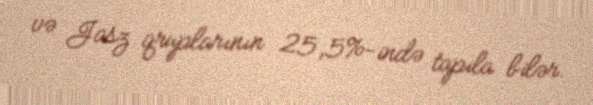
və Jasz qruplarının 25,5%-ində tapıla bilər.